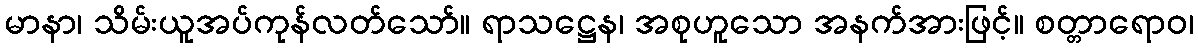
မာနာ၊ သိမ်းယူအပ်ကုန်လတ်သော်။ ရာသဋ္ဌေန၊ အစုဟူသော အနက်အားဖြင့်။ စတ္တာရောဝ၊